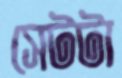
সেটটা